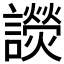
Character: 𧭓